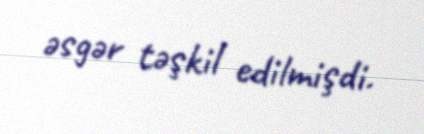
əsgər təşkil edilmişdi.